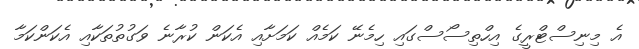
އެ މިނިސްޓްރީގެ އިހްތިސޯސްގައި ހިމެނޭ ކަމެއް ކަމަށާއި އެކަން ކުރާނެ ވަގުތުތަކާއި އެކަންކަމާ